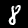
Label: 8